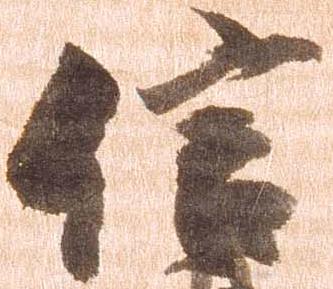
信